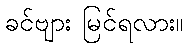
ခင်ဗျား မြင်ရလား။